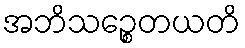
အဘိသဉ္စေတယတိ